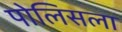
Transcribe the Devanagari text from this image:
पोलिसला